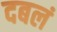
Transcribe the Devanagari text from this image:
दबलं